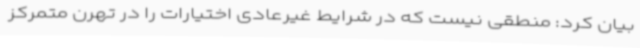
بیان کرد: منطقی نیست که در شرایط غیرعادی اختیارات را در تهرن متمرکز